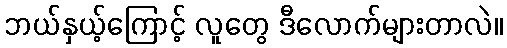
ဘယ်နှယ့်ကြောင့် လူတွေ ဒီလောက်များတာလဲ။